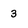
Character: 3